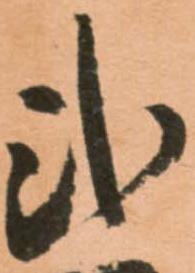
弐